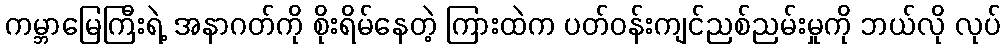
ကမ္ဘာမြေကြီးရဲ့ အနာဂတ်ကို စိုးရိမ်နေတဲ့ ကြားထဲက ပတ်ဝန်းကျင်ညစ်ညမ်းမှုကို ဘယ်လို လုပ်